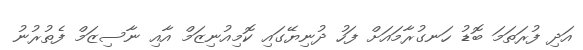
އަދި ފުރަތަމަ ބޮޑު ހަނގުރާމައަށް ފަހު ދުނިޔޭގައި ކޮމިއުނިޒަމް އާއި ނާސިޒަމް ފެތުރުނު